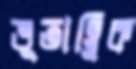
ভূতাত্ত্বিক